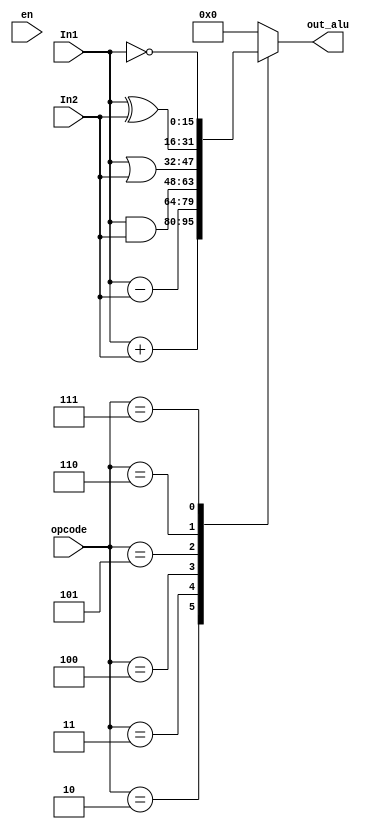
`timescale 1ns / 1ps
//////////////////////////////////////////////////////////////////////////////////
// Company: 
// Engineer: 
// 
// Design Name: 
// Module Name: ALU
// Project Name: 
// Target Devices: 
// Tool Versions: 
// Description: 
// 
// Dependencies: 
// 
// Revision:
// Revision 0.01 - File Created
// Additional Comments:
// 
//////////////////////////////////////////////////////////////////////////////////


module ALU(
input wire en, 
input wire [15:0] In1, In2, 
input wire[2:0] opcode,
output reg[15:0] out_alu
);

always @(en)
    case(opcode)
        3'b010 : out_alu = In1 +In2;
        3'b011 : out_alu = In1 -In2;
        3'b100 :  out_alu = In1  & In2;
        3'b101 :  out_alu = In1  | In2;
        3'b110 : out_alu = In1 ^ In2;
        3'b111 : out_alu = ~In1;
        default : out_alu =9'b000000000;
     endcase

endmodule